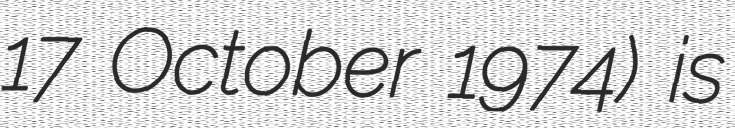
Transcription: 17 October 1974) is